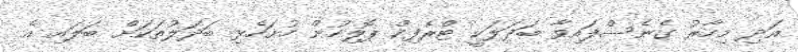
އަދި މިހާރު ގެނެސްފައިވާ ބަދަލަކީ ޓްރެފިކް ޕޮލިހުން ހުށަހެޅި ބަދަލުތަކަށް ބަލައި އެ